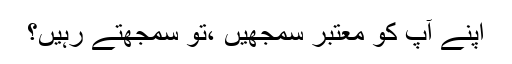
اپنے آپ کو معتبر سمجھیں ،تو سمجھتے رہیں؟